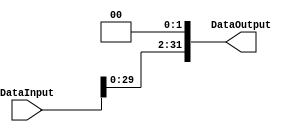
module ShiftLeft2 
(   
  input [31:0]  DataInput,
  output reg [31:0] DataOutput

);
  always @ (DataInput)
    DataOutput = {DataInput[29:0], 1'b0, 1'b0};
    
endmodule